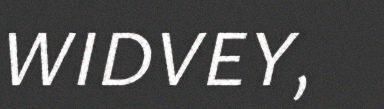
WIDVEY,